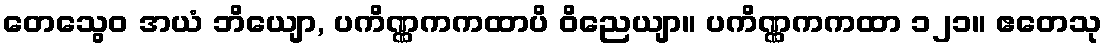
တေသွေဝ အယံ ဘိယျော, ပကိဏ္ဏကကထာပိ ဝိညေယျာ။ ပကိဏ္ဏကကထာ ၁၂၁။ ဧတေသု